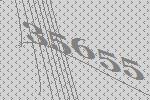
35655